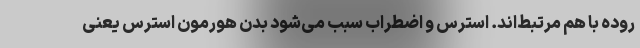
روده با هم مرتبط‌اند. استرس و اضطراب سبب می‌شود بدن هورمون استرس یعنی